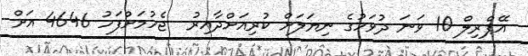
އޭޕްރިލް 10 ވަނަ ދުވަހުގެ ނިޔަލަށް ކުރިއަށްދާއިރު  ޖެހުމަށްފަހު 4646 އަށް